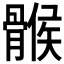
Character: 𩩵